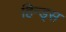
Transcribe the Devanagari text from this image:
हिन्ड्स